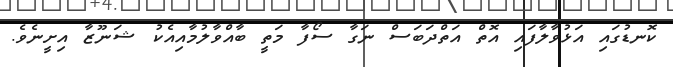
ކޮނޑުގައި އަޅުވާލާފައި އޮތް އަތްދަބަސް ނަގާ ސޯފާ މަތީ ބާއްވާލުމާއިއެކު ޝަނޫޒާ އިށީނެވެ.